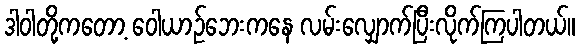
ဒါဝါတို့ကတော့ ဝေါယာဉ်ဘေးကနေ လမ်းလျှောက်ပြီးလိုက်ကြပါတယ်။